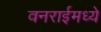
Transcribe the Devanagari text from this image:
वनराईमध्ये